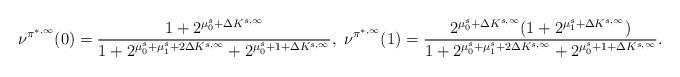
LaTeX: \begin{align*}\nu^{{\pi^{*,\infty}}}(0)=\frac{1+2^{\mu^s_0+\Delta{K}^{s,\infty}}}{1+2^{\mu^s_0+\mu^s_1+2\Delta{K}^{s,\infty}}+2^{\mu^s_0+1+\Delta{K}^{s,\infty}}},~\nu^{{\pi^{*,\infty}}}(1)=\frac{2^{\mu^s_0+\Delta{K}^{s,\infty}}(1+2^{\mu^s_1+\Delta{K}^{s,\infty}})}{1+2^{\mu^s_0+\mu^s_1+2\Delta{K}^{s,\infty}}+2^{\mu^s_0+1+\Delta{K}^{s,\infty}}}.\end{align*}